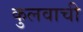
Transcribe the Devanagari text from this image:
कुलवाची